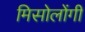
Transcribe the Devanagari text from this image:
मिसोलोंगी